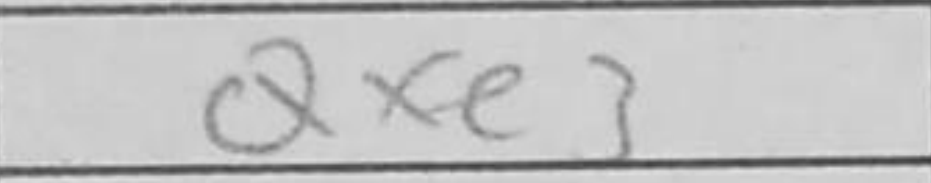
Transcription: Qxe3